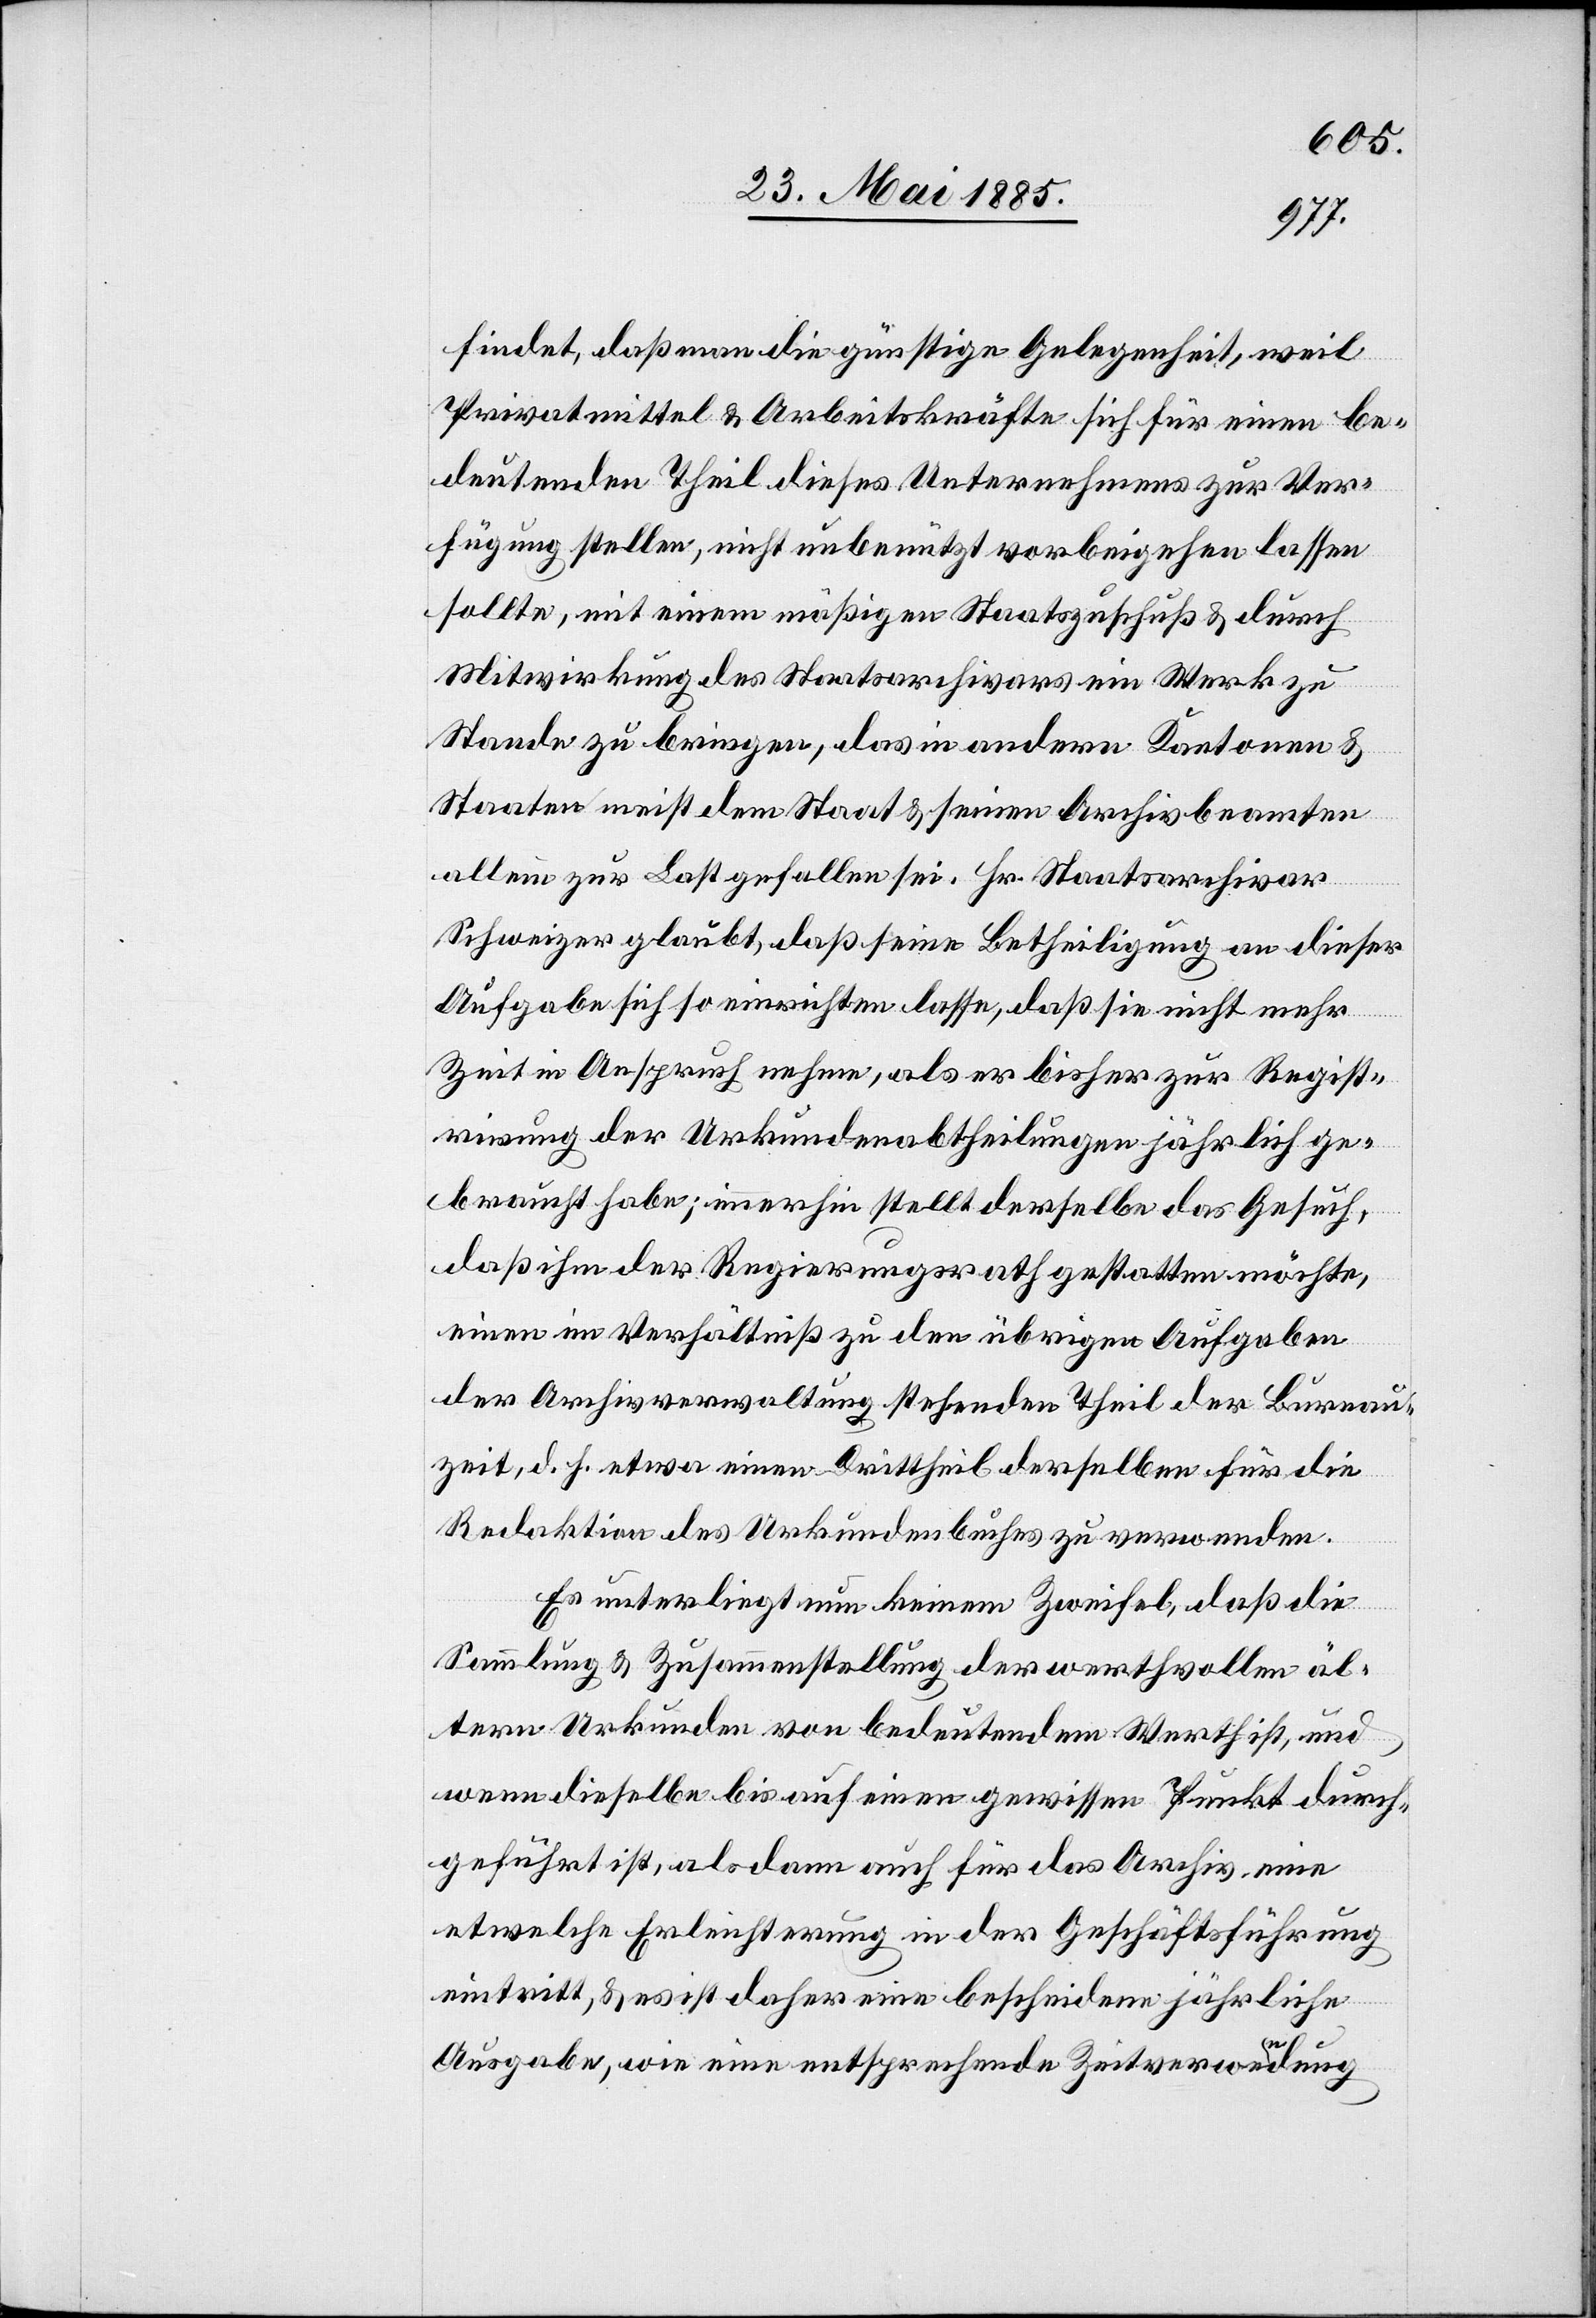
findet, daß man die günstige Gelegenheit, weil
Privatmittel & Arbeitskräfte sich für einen be¬
deutenden Theil dieses Unternehmens zur Ver¬
fügung stellen, nicht unbenützt vorbeigehen lassen
sollte, mit einem mäßigen Staatszuschuß & durch
Mitwirkung des Staatsarchivars ein Werk zu
Stande zu bringen, das in andern Kantonen &
Staaten meist dem Staat & seinen Archivbeamten
allein zur Last gefallen sei. Hr. Staatsarchivar
Schweizer glaubt, daß seine Betheiligung an dieser
Aufgabe sich so einrichten lasse, daß sie nicht mehr
Zeit in Anspruch nehme, als er bisher zur Regist¬
rirung der Urkundenabtheilungen jährlich ge¬
braucht habe; immerhin stellt derselbe das Gesuch,
daß ihm der Regierungsrath gestatten möchte,
einen im Verhältniß zu den übrigen Aufgaben
der Archivverwaltung stehenden Theil der Bureau¬
zeit, d. h. etwa einen Drittheil derselben für die
Redaktion des Urkundenbuches zu verwenden.
Es unterliegt nun keinem Zweifel, daß die
Sammlung & Zusammenstellung der werthvollen äl¬
tern Urkunden von bedeutendem Werth ist, und
wenn dieselbe bis auf einen gewissen Punkt durch¬
geführt ist, als dann auch für das Archiv eine
etwelche Erleichterung in der Geschäftsführung
eintritt, & es ist daher eine bescheidene jährliche
Ausgabe, wie eine entsprechende Zeitverwendung